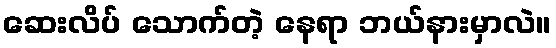
ဆေးလိပ် သောက်တဲ့ နေရာ ဘယ်နားမှာလဲ။